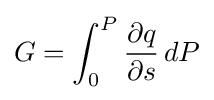
G=\int _{0}^{P}{\frac {\partial q}{\partial s}}\,dP